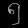
Digit: ၅